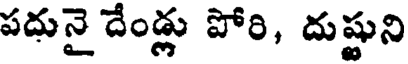
పదునై దేండ్లు పోరి, దుష్టుని